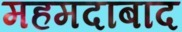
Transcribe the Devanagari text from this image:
महमदाबाद